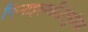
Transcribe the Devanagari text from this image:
फिनाइलकीटोनूरिया